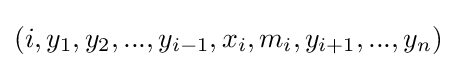
(i,y_{1},y_{2},...,y_{i-1},x_{i},m_{i},y_{i+1},...,y_{n})